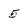
Character: 5